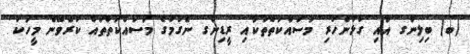
(ބ) ބިލިންގ އާއި ގުޅުންހުރި މަސައްކަތްތަކާއި ރީޑިންގ ނެގުމުގެ މަސައްކަތްތައް ކުރެވޭނެ މީހަކު